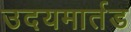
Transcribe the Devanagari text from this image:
उदयमार्तड